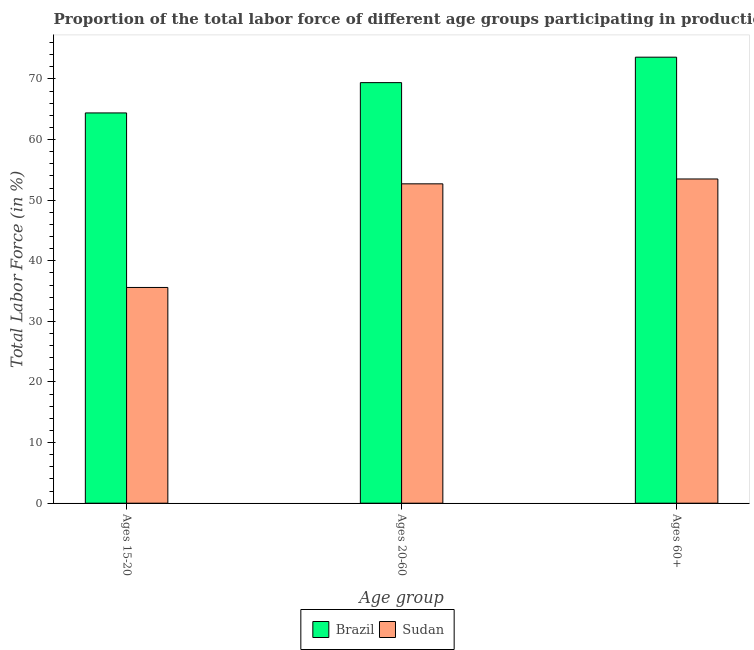
| Age group | Brazil | Sudan |
 | --- | --- | --- |
 | Ages 15-20 | 64.4 | 35.6 |
 | Ages 20-60 | 69.4 | 52.7 |
 | Ages 60+ | 73.6 | 53.5 |